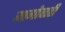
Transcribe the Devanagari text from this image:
मागोवाही